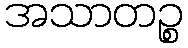
အသာတဉ္စ